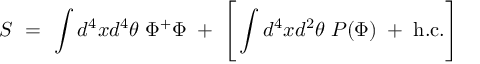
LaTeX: S \ = \ \int d ^ { 4 } x d ^ { 4 } \theta \; \Phi ^ { + } \Phi \; + \; \Bigg [ \int d ^ { 4 } x d ^ { 2 } \theta \; P ( \Phi ) \; + \; \mathrm { h . c . } \Bigg ]